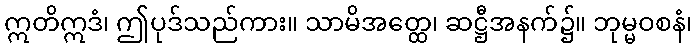
ဣတိဣဒံ၊ ဤပုဒ်သည်ကား။ သာမိအတ္ထေ၊ ဆဋ္ဌီအနက်၌။ ဘုမ္မဝစနံ၊